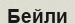
Бейли